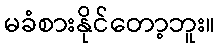
မခံစားနိုင်တော့ဘူး။